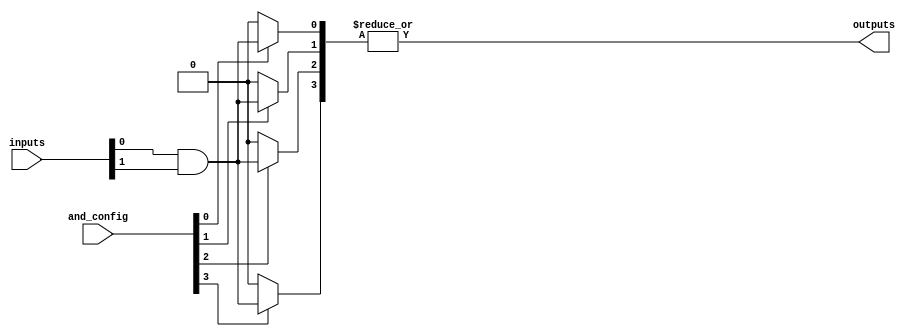
module FlashProgrammablePAL #(
    parameter NUM_INPUTS = 8,    // Number of input pins
    parameter NUM_AND_GATES = 4,  // Number of programmable AND gates
    parameter NUM_OR_GATES = 1,    // Number of fixed OR gates
    parameter NUM_OUTPUTS = 1      // Number of output pins
)(
    input wire [NUM_INPUTS-1:0] inputs,  // Input signals
    input wire [NUM_AND_GATES-1:0] and_config, // Configuration for AND gates (1 = enabled, 0 = disabled)
    output wire [NUM_OUTPUTS-1:0] outputs  // Output signals
);

    // Internal wires for AND gate outputs
    wire [NUM_AND_GATES-1:0] and_outputs;

    // Programmable AND gates
    genvar i;
    generate
        for (i = 0; i < NUM_AND_GATES; i = i + 1) begin : and_gate
            // Each AND gate can be programmed based on the and_config input
            assign and_outputs[i] = and_config[i] ? (inputs[0] & inputs[1]) : 0; // Example: AND of first two inputs
        end
    endgenerate

    // Fixed OR gate combining outputs of AND gates
    assign outputs[0] = |and_outputs; // OR operation on all AND gate outputs

endmodule